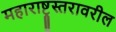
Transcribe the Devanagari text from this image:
महाराष्ट्रस्तरावरील